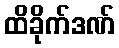
ထိခိုက်ဒဏ်